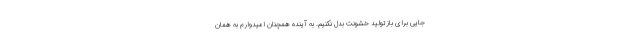
جایی برای بازتولید خشونت بدل نکنیم. به آینده همچنان امیدوارم به همان